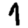
Digit: 1